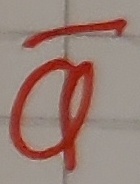
Text: Q